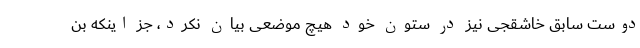
دوست سابق خاشقجی نیز در ستون خود هیچ موضعی بیان نکرد، جز اینکه بن